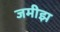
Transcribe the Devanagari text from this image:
जमीझ